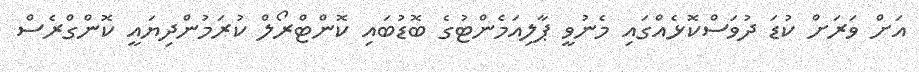
އަށް ވަރަށް ކުޑަ ދުވަސްކޮޅެއްގައި މެނުވީ ޕާލިއަމެންޓުގެ ބޮޑުބައި ކޮންޓްރޯލް ކުރަމުންދިޔައީ ކޮންގްރެސް